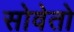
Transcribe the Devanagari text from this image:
सोवेतो